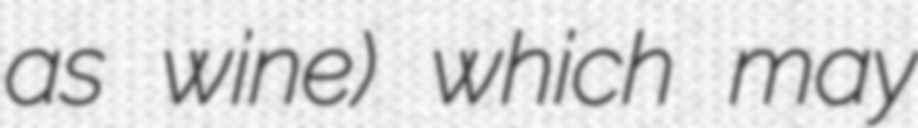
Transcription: as wine) which may